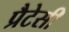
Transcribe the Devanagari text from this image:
प्रैटेसी